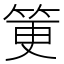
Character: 筻